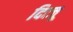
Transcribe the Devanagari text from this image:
दित्जू